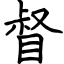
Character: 督